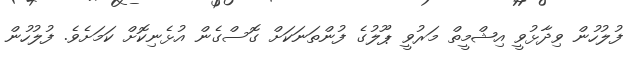
ފުލުހުން ވިދާޅުވީ އިޝްމީތް މަރުވީ ޕޫލުގެ ފުންތަނަކަށް ގޮސްގެން އުޅެނިކޮށް ކަމަށެވެ. ފުލުހުން